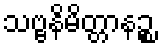
သဗ္ဗနိမိတ္တာနဉ္စ